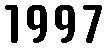
1997